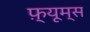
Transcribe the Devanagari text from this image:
फ़्यूम्स